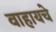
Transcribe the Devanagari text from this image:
वाहायचे